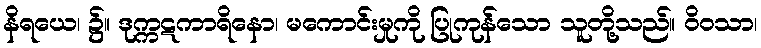
နိရယေ၊ ၌။ ဒုက္ကဋကာရိနော၊ မကောင်းမှုကို ပြုကုန်သော သူတို့သည်။ ဝိဝသာ၊